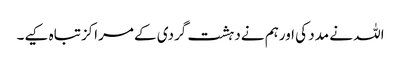
اللہ نے مدد کی اورہم نےدہشت گردی کے مراکزتباہ کیے۔